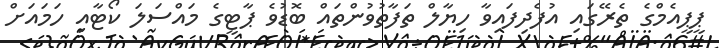
ޕީޕީއެމްގެ ތެރޭގައި އުފެދިފައިވާ ހިޔާލް ތަފާތުވުންތައް ބޮޑުވެ ޕާޓީގެ މައްސަލަ ކޯޓާއި ހަމައަށް